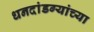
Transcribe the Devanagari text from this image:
धनदांडग्यांच्या